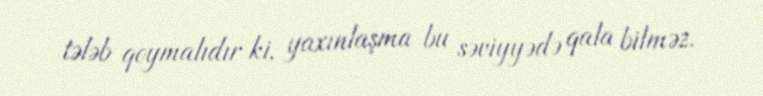
tələb qoymalıdır ki, yaxınlaşma bu səviyyədə qala bilməz.